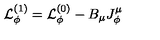
{ \cal L } _ { \phi } ^ { ( 1 ) } = { \cal L } _ { \phi } ^ { ( 0 ) } - B _ { \mu } J _ { \phi } ^ { \mu }